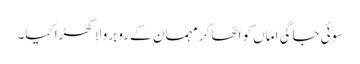
سوئی جاگی اماں کو اٹھا کر مہمان کے رو برو لا کھڑا کیا۔